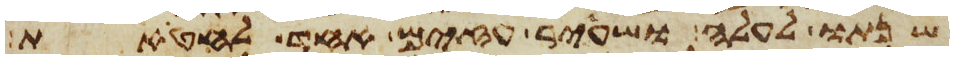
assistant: שנתו לעלה ושעיר עזים אחד לחטאת